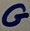
Text: G